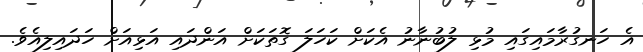
އެ ހަނގުރާމައިގައި މުޅި ލުބުނާނު އެކަށް ކަހަލަ ގޮތަކަށް އަންދައި އަޅިއަށް ހަދައިލިއެވެ.